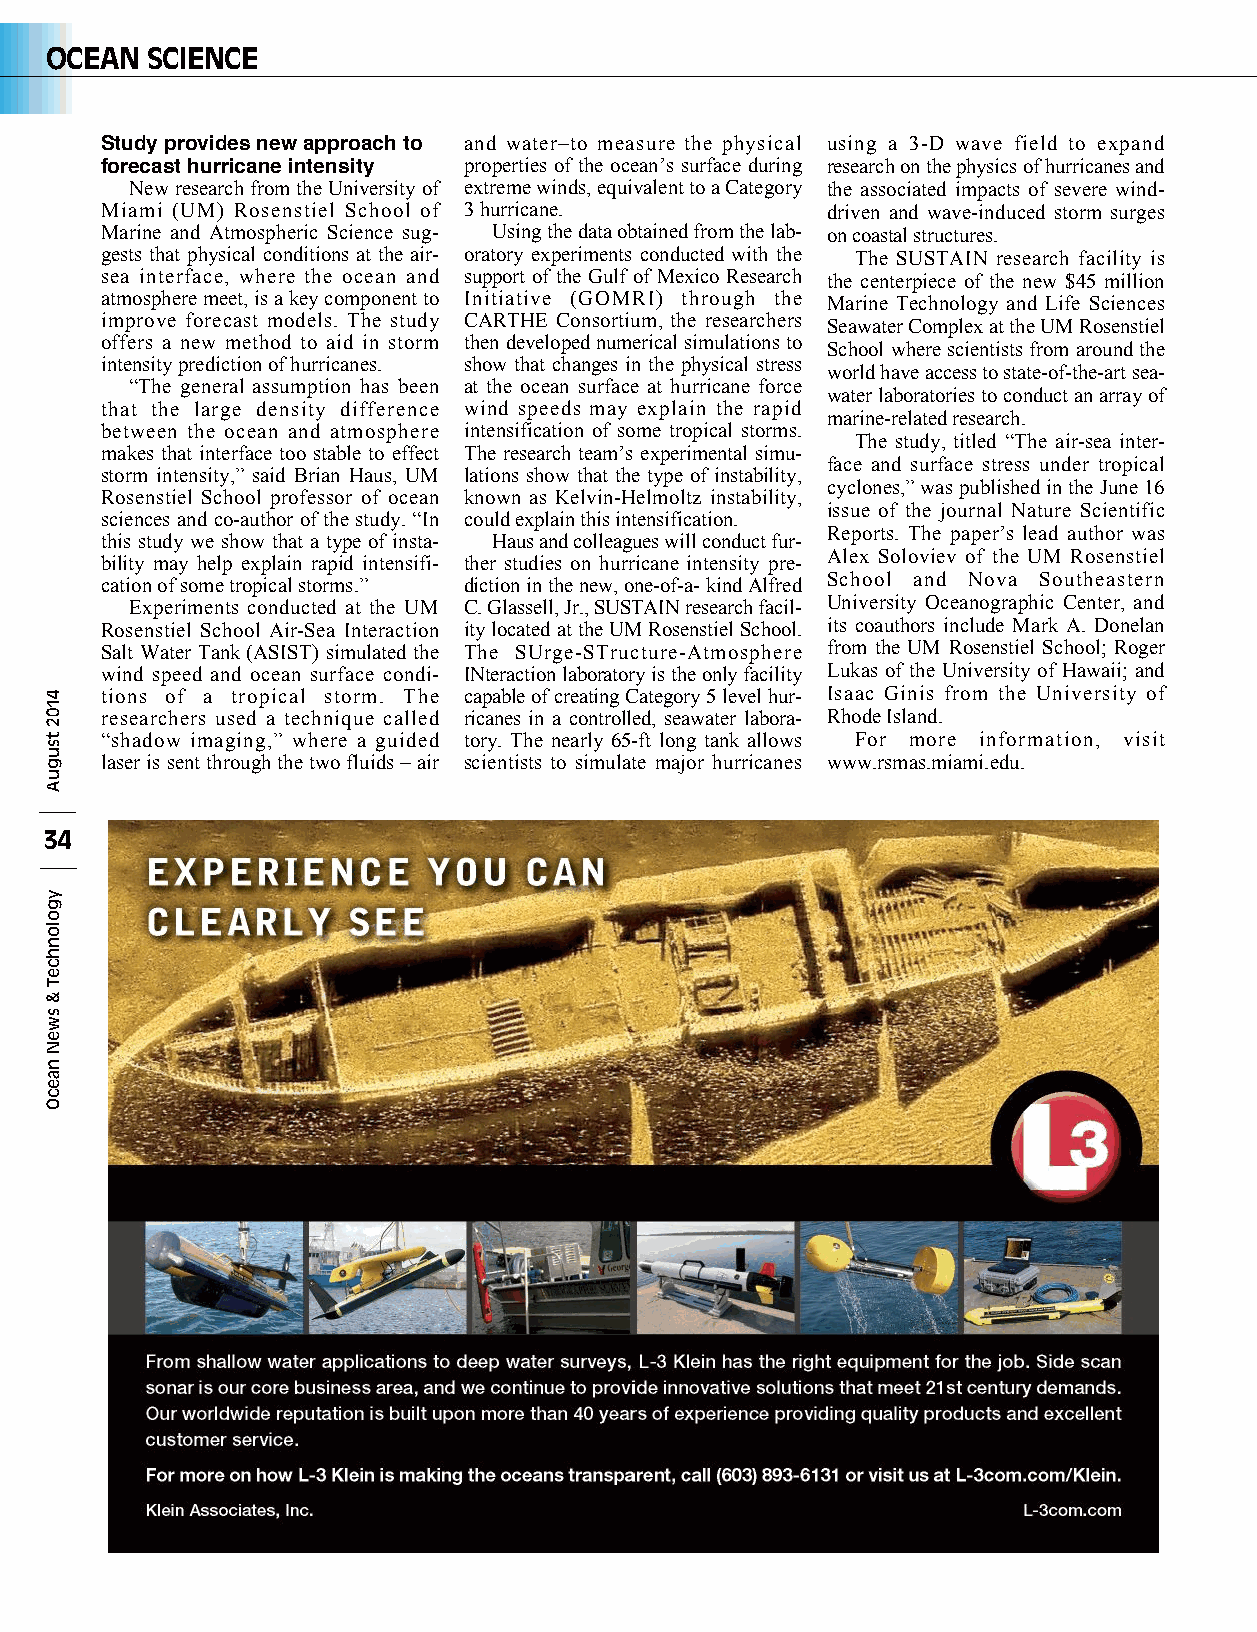
OCEAN  SCIENCE
 Study provides new approach to and water–to measure the physical using a 3-D wave field to expand
 forecast hurricane intensity properties of the ocean’s surface during research on the physics of hurricanes and
 New research from the University of extreme winds, equivalent to a Category the associated impacts of severe wind-
 Miami (UM) Rosenstiel School of 3 hurricane.    driven and wave-induced storm surges
 Marine and Atmospheric Science sug- Using the data obtained from the lab- on coastal structures.
 gests that physical conditions at the air- oratory experiments conducted with the The SUSTAIN research facility is
 sea interface, where the ocean and support of the Gulf of Mexico Research the centerpiece of the new $45 million
 atmosphere meet, is a key component to Initiative (GOMRI) through the Marine Technology and Life Sciences
 improve forecast models. The study CARTHE Consortium, the researchers Seawater Complex at the UM Rosenstiel
 offers a new method to aid in storm then developed numerical simulations to
 School where scientists from around the
 intensity prediction of hurricanes. show that changes in the physical stress
 world have access to state-of-the-art sea-
 “The general assumption has been at the ocean surface at hurricane force
 water laboratories to conduct an array of
 that the large density difference wind speeds may explain the rapid
 marine-related research.
 between the ocean and atmosphere intensification of some tropical storms.
 The study, titled “The air-sea inter-
 makes that interface too stable to effect The research team’s experimental simu-
 face and surface stress under tropical
 storm intensity,” said Brian Haus, UM lations show that the type of instability,
 cyclones,” was published in the June 16
 Rosenstiel School professor of ocean known as Kelvin-Helmoltz instability,
 issue of the journal Nature Scientific
 sciences and co-author of the study. “In could explain this intensification.
 Reports. The paper’s lead author was
 this study we show that a type of insta- Haus and colleagues will conduct fur-
 Alex Soloviev of the UM Rosenstiel
 bility may help explain rapid intensifi- ther studies on hurricane intensity pre-
 School and Nova Southeastern
 cation of some tropical storms.” diction in the new, one-of-a- kind Alfred
 Experiments conducted at the UM C. Glassell, Jr., SUSTAIN research facil- University Oceanographic Center, and
 Rosenstiel School Air-Sea Interaction ity located at the UM Rosenstiel School. its coauthors include Mark A. Donelan
 Salt Water Tank (ASIST) simulated the The SUrge-STructure-Atmosphere from the UM Rosenstiel School; Roger
 wind speed and ocean surface condi- INteraction laboratory is the only facility Lukas of the University of Hawaii; and
 tions of a tropical storm. The capable of creating Category 5 level hur- Isaac Ginis from the University of
 researchers used a technique called ricanes in a controlled, seawater labora- Rhode Island.
 “shadow imaging,” where a guided tory. The nearly 65-ft long tank allows For more information, visit
 laser is sent through the two fluids – air scientists to simulate major hurricanes www.rsmas.miami.edu.
 34
 4102
 tsuguA
 ygolonhceT
 &
 sweN
 naecO